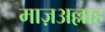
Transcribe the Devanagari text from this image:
माज़अल्लाह